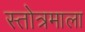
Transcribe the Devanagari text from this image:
स्तोत्रमाला